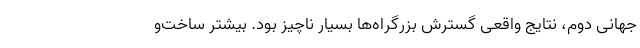
جهانی دوم، نتایج واقعی گسترش بزرگراه‌ها بسیار ناچیز بود. بیشتر ساخت‌و